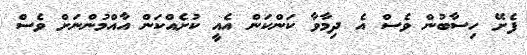
ފެށޭ ހިސާބުން ވެސް އެ ދިމާވާ ކަންކަން އެއީ ކުށެއްކަން އާއްމުންނަށް ވެސް